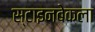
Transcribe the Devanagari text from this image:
स्टाइनबेकला